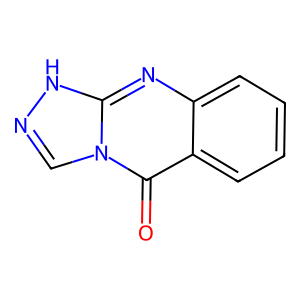
SMILES: O=c1c2ccccc2nc2[nH]ncn12
Inhibits HIV replication: No